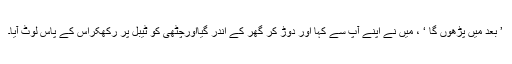
’ بعد میں پڑھوں گا ‘ ، میں نے اپنے آپ سے کہا اور دوڑ کر گھر کے اندر گیااورچٹّھی کو ٹیبل پر رکھکراس کے پاس لوٹ آیا۔